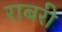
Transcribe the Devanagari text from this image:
राबरी